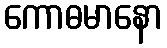
ကောဓမာနော